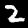
Label: 2